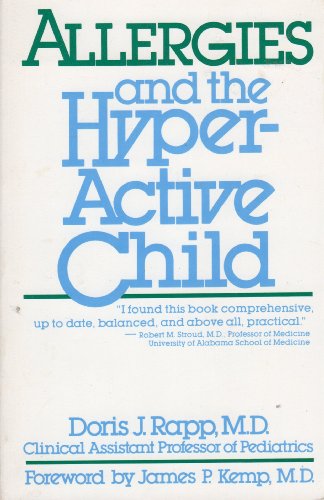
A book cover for Allergies and the Hyperactive Child; Health, Fitness & Dieting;